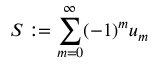
S : = \sum _ { m = 0 } ^ { \infty } ( - 1 ) ^ { m } u _ { m }